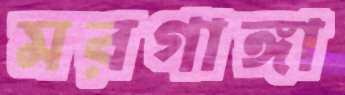
মরগাঙ্গা